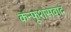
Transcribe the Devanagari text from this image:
कन्फूशसवाद